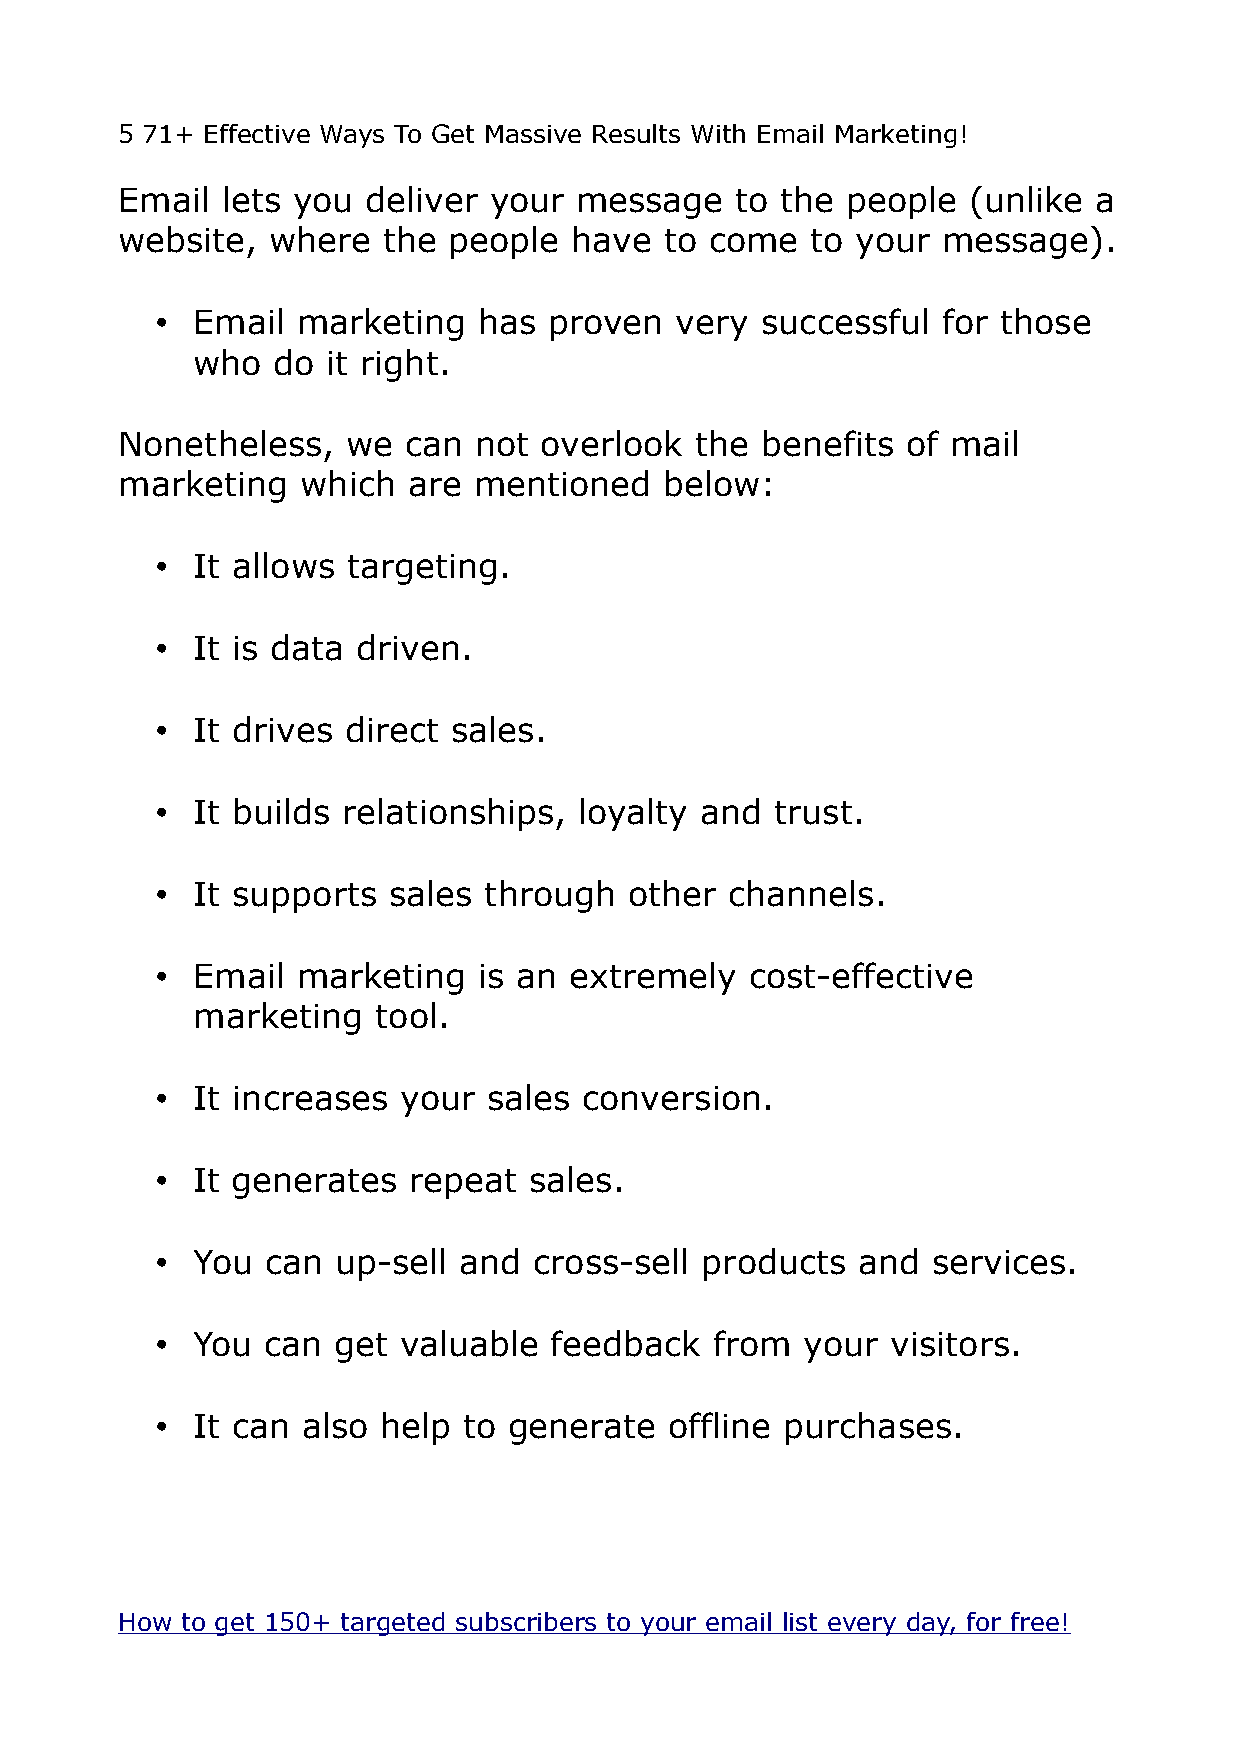
5 71+ Effective Ways To Get Massive Results With Email Marketing!
 Email  lets you deliver your  message    to the people  (unlike a
 website,  where  the  people  have  to come   to your message).
 •  Email  marketing   has proven   very successful  for those
 who  do  it right.
 Nonetheless,   we  can not  overlook  the benefits  of mail
 marketing   which  are mentioned    below:
 •  It allows targeting.
 •  It is data driven.
 •  It drives direct sales.
 •  It builds relationships, loyalty and  trust.
 •  It supports  sales through   other channels.
 •  Email  marketing   is an extremely   cost-effective
 marketing   tool.
 •  It increases your  sales  conversion.
 •  It generates  repeat  sales.
 •  You  can up-sell and  cross-sell products   and  services.
 •  You  can get  valuable feedback   from  your  visitors.
 •  It can also help  to generate  offline purchases.
 How to get 150+ targeted subscribers to your email list every day, for free!